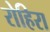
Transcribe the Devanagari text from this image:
रोहिरा